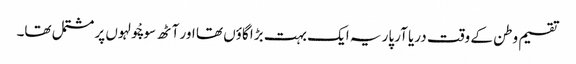
تقسیم وطن کے وقت دریا آرپار یہ ایک بہت بڑا گاؤں تھا اور آٹھ سو چْولہوں پر مشتمل تھا۔